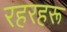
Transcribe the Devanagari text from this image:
रहरहरू